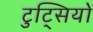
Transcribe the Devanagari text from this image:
टुट्सियों